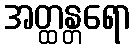
အတ္ထန္တရော